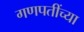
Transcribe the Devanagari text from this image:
गणपतींच्या